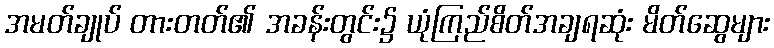
အမတ်ချုပ် တားတတ်၏ အခန်းတွင်း၌ ယုံကြည်စိတ်အချရဆုံး မိတ်ဆွေများ